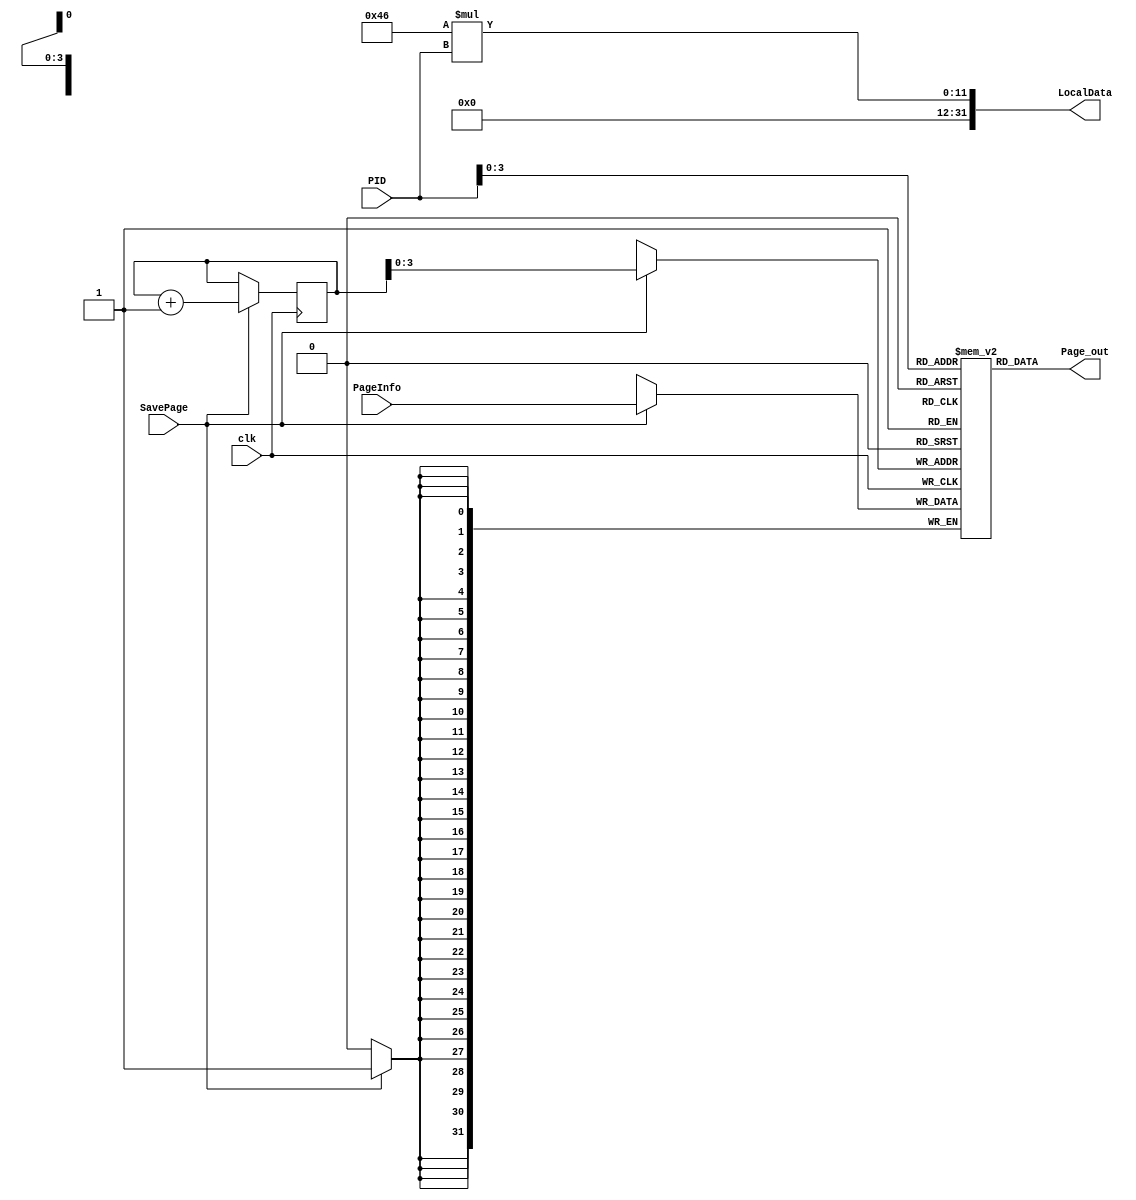
module SistemaDeArquivos
(
	input	clk, SavePage,
	input [4:0] PID,
	input [31:0] PageInfo,
	output reg [31:0] LocalData,
	output wire [31:0] Page_out
);

	reg [31:0] Paginas[10:0];
	reg [4:0] PID_Add;
	
	always @ (PID)
	begin
		
		LocalData <= 70 * PID;
	
	end

	always @ (posedge clk)
	begin
		
		if(SavePage)
		begin
			Paginas[PID_Add] = PageInfo; // Empilha pagina
			PID_Add = PID_Add + 5'd1;
		end
		
	end
	
	assign Page_out = Paginas[PID];


endmodule